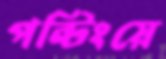
পন্টিংয়ে